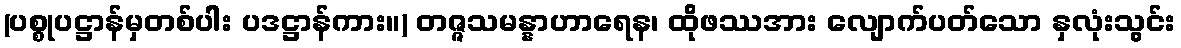
(ပစ္စုပဋ္ဌာန်မှတစ်ပါး ပဒဋ္ဌာန်ကား။) တဇ္ဇသမန္နာဟာရေန၊ ထိုဖဿအား လျောက်ပတ်သော နှလုံးသွင်း